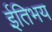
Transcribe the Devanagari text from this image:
ईतिभय